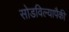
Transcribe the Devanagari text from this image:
सोडविल्यापैकी